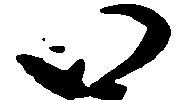
い